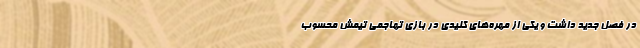
در فصل جدید داشت و یکی از مهره‌های کلیدی در بازی تهاجمی تیمش محسوب